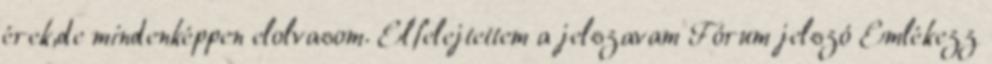
érek,de mindenképpen elolvasom. Elfelejtettem a jelszavam Fórum jelszó Emlékezz